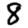
Digit: 8